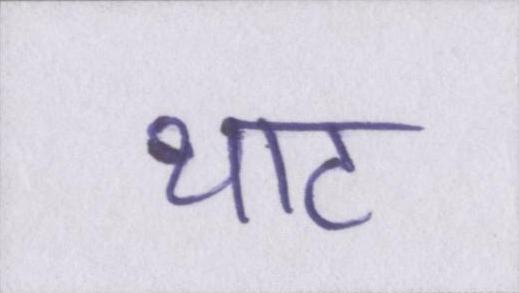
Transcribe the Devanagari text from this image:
थाट